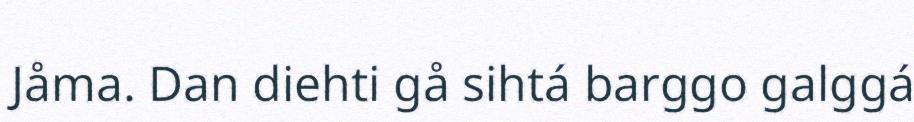
Jåma. Dan diehti gå sihtá barggo galggá